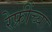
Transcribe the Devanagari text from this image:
रेफ्रींच्या